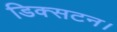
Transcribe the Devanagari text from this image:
डिक्सटन।